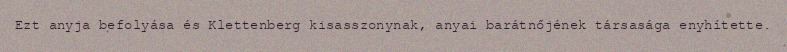
Ezt anyja befolyása és Klettenberg kisasszonynak, anyai barátnőjének társasága enyhítette.